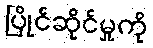
ပြိုင်ဆိုင်မှုကို